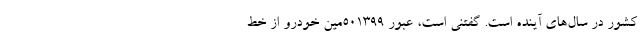
کشور در سال‌های آینده است. گفتنی است، عبور ۵۰۱۳۹۹‌مین خودرو از خط